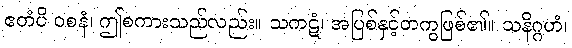
ဧတံပိ ဝစနံ၊ ဤစကားသည်လည်း။ သကဋံ၊ အပြစ်နှင့်တကွဖြစ်၏။ သနိဂ္ဂဟံ၊